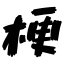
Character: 梗